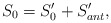
\begin{align*}S_0=S_0^{\prime }+S_{ant}^{\prime }, \end{align*}